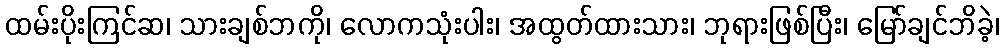
ထမ်းပိုးကြင်ဆ၊ သားချစ်ဘကို၊ လောကသုံးပါး၊ အထွတ်ထားသား၊ ဘုရားဖြစ်ပြီး၊ မြော်ချင်ဘိခဲ့၊